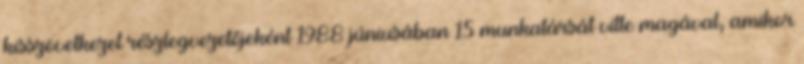
kisszövetkezet részlegvezetőjeként 1988 júniusában 15 munkatársát vitte magával, amikor